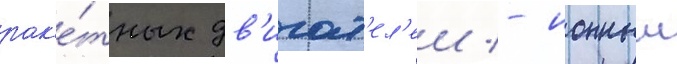
рак'е́тных дв'игат'ел'еи - ионныи